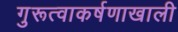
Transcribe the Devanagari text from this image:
गुरूत्वाकर्षणाखाली